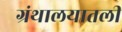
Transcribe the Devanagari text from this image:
ग्रंथालयातली